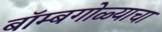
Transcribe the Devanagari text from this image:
बॉम्बगोळ्याचा